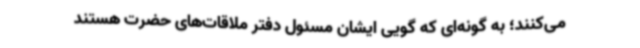
می‌کنند؛ به گونه‌ای که گویی ایشان مسئول دفتر ملاقات‌های حضرت هستند